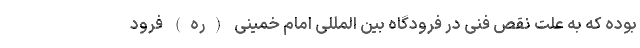
بوده که به علت نقص فنی در فرودگاه بین المللی امام خمینی (ره) فرود